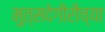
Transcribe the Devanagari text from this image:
मुत्सदेगीरीच्या